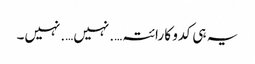
یہ ہی کدو کا رائتہ….نہیں….نہیں۔